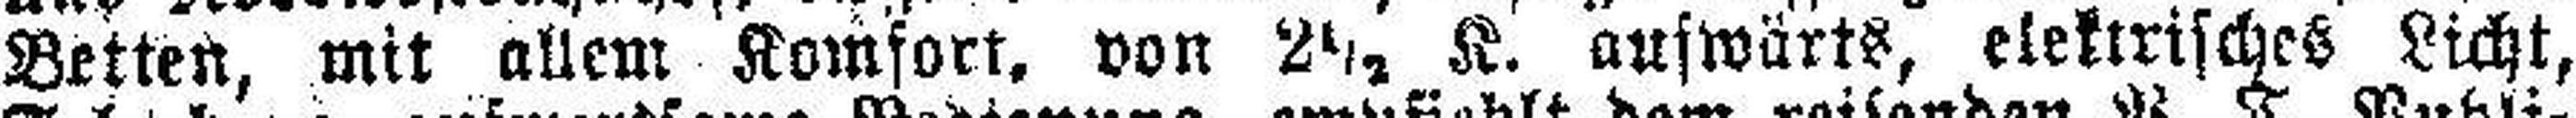
Betten, mit allem Komfort, von 2½, K. auswärts, elektrisches Licht,